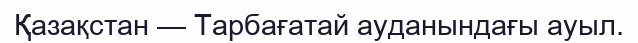
Қазақстан — Тарбағатай ауданындағы ауыл.